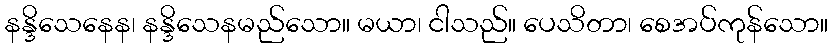
နန္ဒိသေနေန၊ နန္ဒိသေနမည်သော။ မယာ၊ ငါသည်။ ပေသိတာ၊ စေအပ်ကုန်သော။